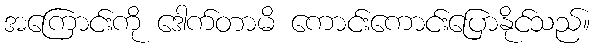
အကြောင်းကို ဒေါက်တာမိ ကောင်းကောင်းပြောနိုင်သည်။